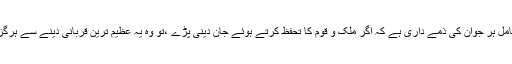
پاک افواج میں شامل ہر جوان کی ذمے داری ہے کہ اگر ملک و قوم کا تحفظ کرتے ہوئے جان دینی پڑے ،تو وہ یہ عظیم ترین قربانی دینے سے ہرگز پرہیز نہ کرے۔